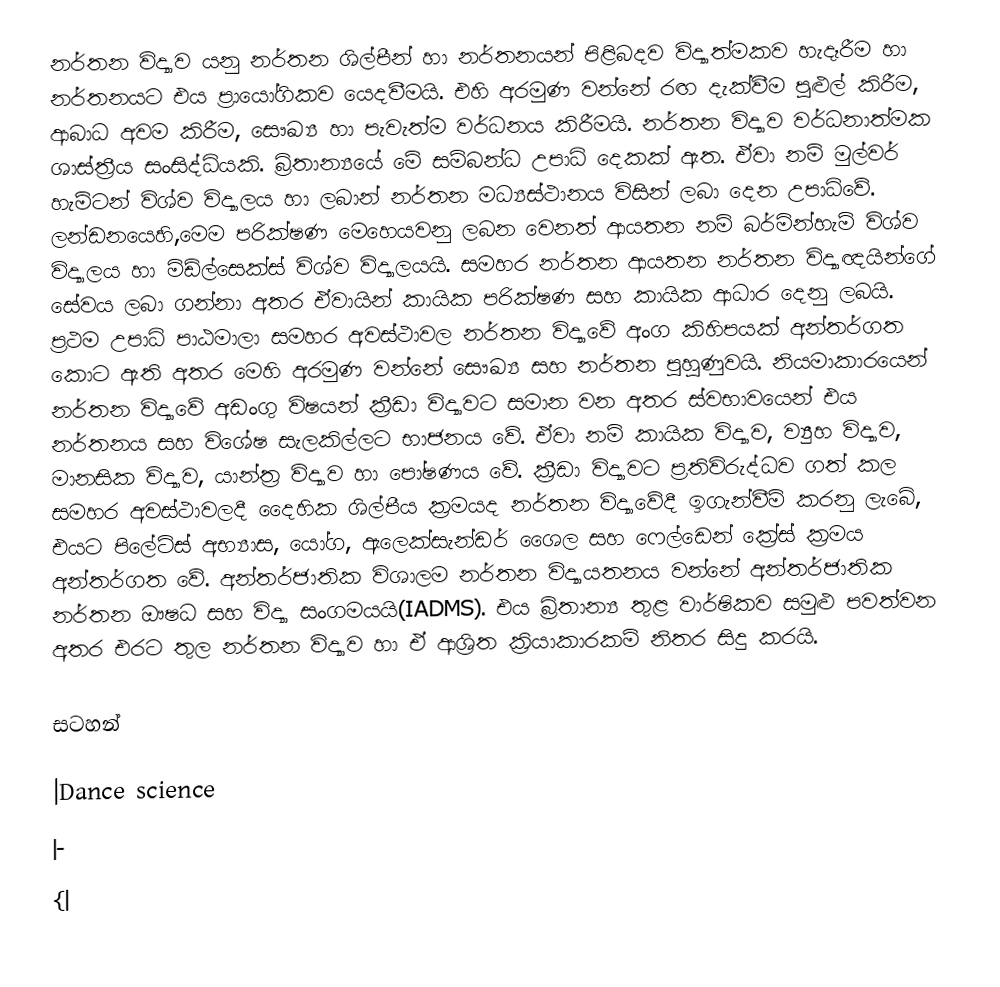
නර්තන විද්‍යාව යනු නර්තන  ශිල්පීන් හා නර්තනයන් පිළිබදව විද්‍යාත්මකව හැදෑරීම හා නර්තනයට එය ප්‍රායෝගිකව යෙදවීමයි. එහි අරමුණ වන්නේ රඟ දැක්වීම පුළුල් කිරීම, ආබාධ අවම කිරීම, සෞඛ්‍ය හා පැවැත්ම වර්ධනය කිරීමයි. නර්තන විද්‍යාව වර්ධනාත්මක ශාස්ත්‍රීය සංසිද්ධියකි. බ්‍රිතාන්‍යයේ මේ සම්බන්ධ උපාධි දෙකක් ඇත. ඒවා නම් මුල්වර් හැම්ටන් විශ්ව විද්‍යාලය හා ලබාන් නර්තන මධ්‍යස්ථානය විසින් ලබා දෙන උපාධිවේ. ලන්ඩනයෙහි,මෙම පරික්ෂණ මෙහෙයවනු ලබන වෙනත් ආයතන නම් බර්මින්හැම් විශ්ව විද්‍යාලය හා මිඩ්ල්සෙක්ස් විශ්ව විද්‍යාලයයි. සමහර නර්තන ආයතන නර්තන විද්‍යාඥයින්ගේ සේවය ලබා ගන්නා අතර ඒවායින් කායික පරික්ෂණ සහ කායික ආධාර දෙනු ලබයි. ප්‍රථම උපාධි පාඨමාලා සමහර අවස්ථාවල නර්තන විද්‍යාවේ අංග කිහිපයක් අන්තර්ගත කොට ඇති අතර මෙහි අරමුණ වන්නේ සෞඛ්‍ය සහ නර්තන පුහුණුවයි. නියමාකාරයෙන් නර්තන විද්‍යාවේ අඩංගු විෂයන් ක්‍රීඩා ‍‍විද්‍යාවට සමාන වන අතර ස්වභාවයෙන් එය නර්තනය සහ විශේෂ සැලකිල්ලට භාජනය වේ. ඒවා නම් කායික ‍විද්‍යාව, ව්‍යුහ විද්‍යාව, මානසික විද්‍යාව, යාන්ත්‍ර විද්‍යාව හා පෝෂණය වේ.  ක්‍රීඩා ‍‍විද්‍යාවට ප්‍රතිවිරුද්ධව ගත් කල සමහර අවස්ථාවලදී දෛහික ශිල්පීය ක්‍රමයද නර්තන විද්‍යාවේදී ඉගැන්වීම් කරනු ලැබේ, එයට පිලේට්ස් අභ්‍යාස, යෝග, ඇලෙක්සැන්ඩර් ශෛල සහ ෆෙල්ඩෙන් ක්‍රේස් ක්‍රමය අන්තර්ගත වේ. අන්තර්ජාතික විශාලම නර්තන විද්‍යායතනය වන්නේ අන්තර්ජාතික නර්තන ඖෂධ සහ විද්‍යා සංගමයයි(IADMS). එය බ්‍රිතාන්‍ය තුළ වාර්ෂිකව සමුළු පවත්වන අතර එරට තුල නර්තන විද්‍යාව හා ඒ ආශ්‍රිත ක්‍රියාකාරකම් නිතර සිදු කරයි.

සටහන්

|Dance science
|-
{|